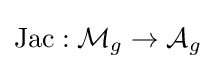
\operatorname {Jac} :{\mathcal {M}}_{g}\to {\mathcal {A}}_{g}